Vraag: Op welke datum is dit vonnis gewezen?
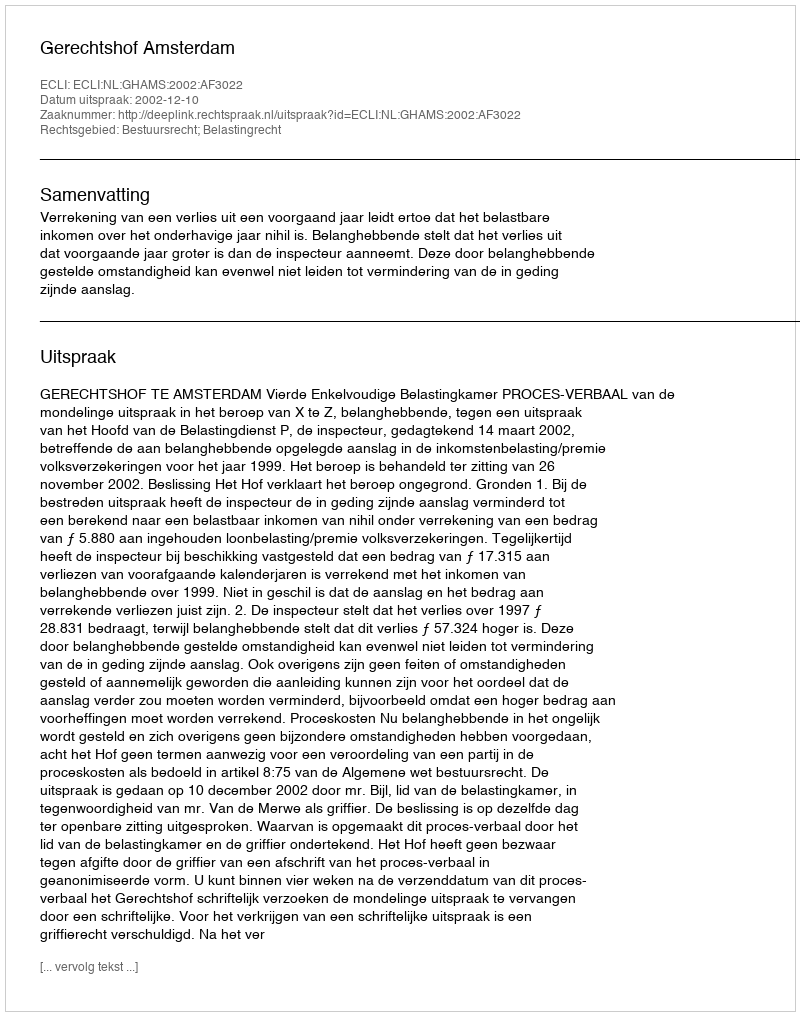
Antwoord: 2002-12-10